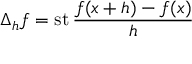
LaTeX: \Delta _ { h } f = \operatorname { s t } { \frac { f ( x + h ) - f ( x ) } { h } }